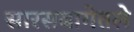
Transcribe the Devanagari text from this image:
सारसबागेतले